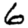
Digit: 6